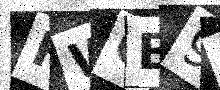
Text: HWQB9O